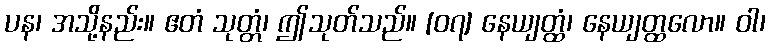
ပန၊ အသို့နည်း။ ဧတံ သုတ္တံ၊ ဤသုတ်သည်။ [၀၇] နေယျတ္ထံ၊ နေယျတ္ထလော။ ဝါ၊